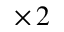
\times \, 2